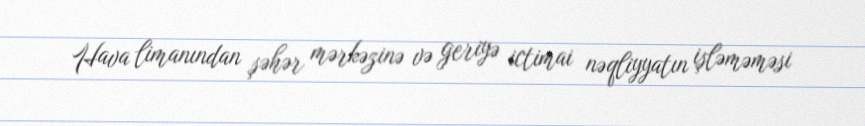
Hava limanından şəhər mərkəzinə və geriyə ictimai nəqliyyatın işləməməsi